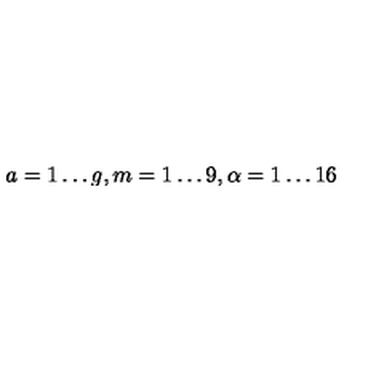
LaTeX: a = 1 \ldots g , m = 1 \ldots 9 , \alpha = 1 \ldots 1 6